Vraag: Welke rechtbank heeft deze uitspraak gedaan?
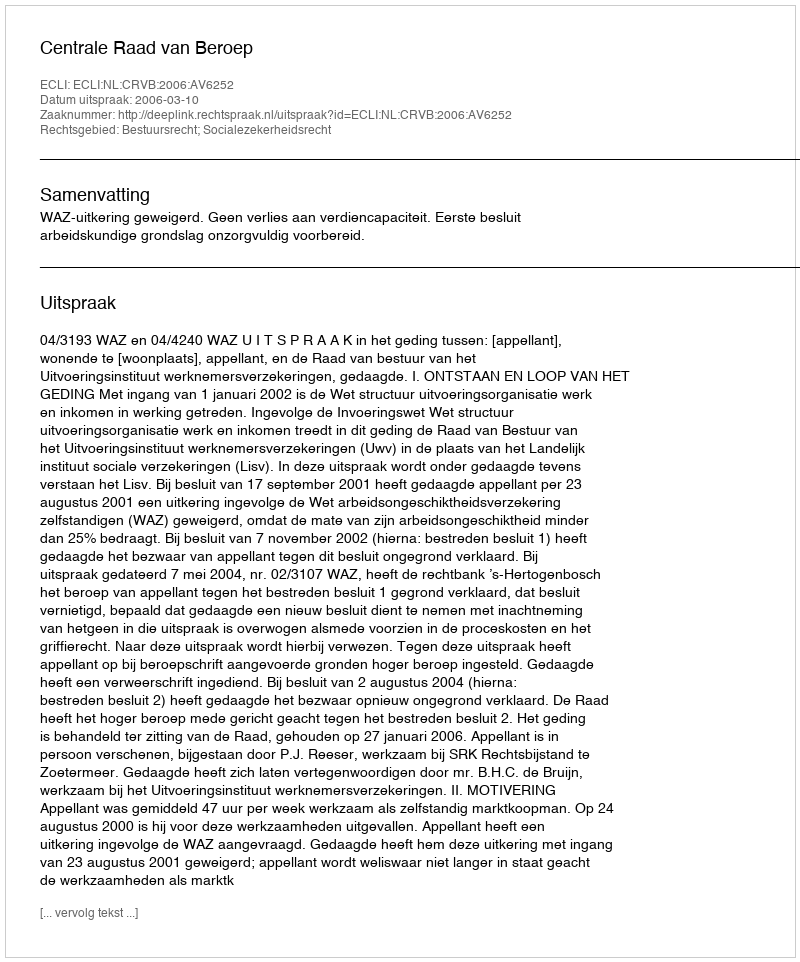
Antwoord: Centrale Raad van Beroep